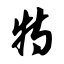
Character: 特